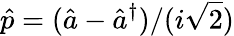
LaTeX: \hat{p}=(\hat{a}-\hat{a}^{\dagger})/(i\sqrt{2})